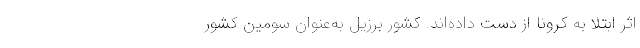
اثر ابتلا به کرونا از دست داده‌اند. کشور برزیل به‌‌‌عنوان سومین کشور